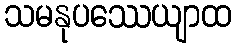
သမနုပဿေယျာထ